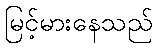
မြင့်မားနေသည်